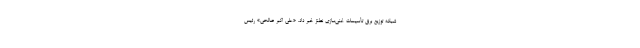
شبکه توزیع برق تأسیسات غنی‌سازی نطنز خبر داد. «علی اکبر صالحی» رئیس